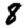
Digit: 8